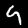
Digit: 9